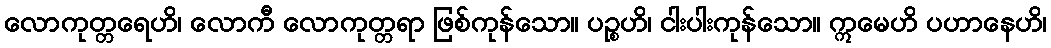
လောကုတ္တရေဟိ၊ လောကီ လောကုတ္တရာ ဖြစ်ကုန်သော။ ပဉ္စဟိ၊ ငါးပါးကုန်သော။ ဣမေဟိ ပဟာနေဟိ၊